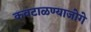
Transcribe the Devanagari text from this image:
कवटाळण्याजोगे